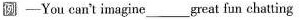
例 -You can't imagine___great fun chatting